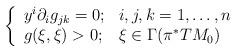
LaTeX: \begin{align*}\left\{ \begin{array}{ll}y^i\partial_i g_{jk}=0; & i,j,k=1,\dots ,n\\g(\xi,\xi)> 0; & \xi\in\Gamma(\pi^*TM_0)\end{array} \right.\end{align*}